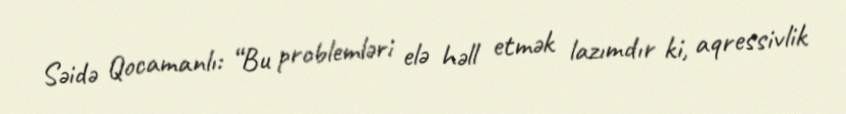
Səidə Qocamanlı: “Bu problemləri elə həll etmək lazımdır ki, aqressivlik